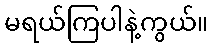
မရယ်ကြပါနဲ့ကွယ်။